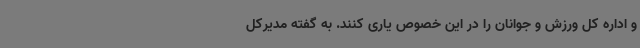
و اداره کل ورزش و جوانان را در این خصوص یاری کنند. به گفته مدیرکل